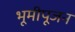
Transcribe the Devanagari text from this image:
भूमीपूजन